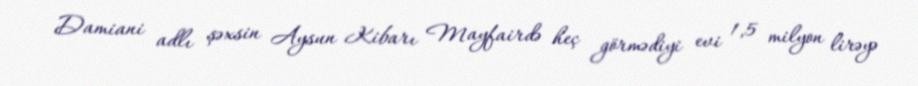
Damiani adlı şəxsin Aysun Kibarı Mayfairdə heç görmədiyi evi 1,5 milyon lirəyə